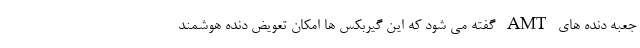
جعبه دنده های AMT گفته می شود که این گیربکس ها امکان تعویض دنده هوشمند